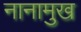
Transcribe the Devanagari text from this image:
नानामुख